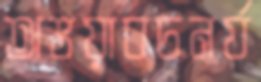
অভয়াবচনর‍্য